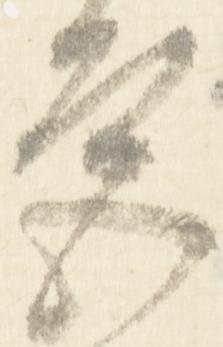
宮